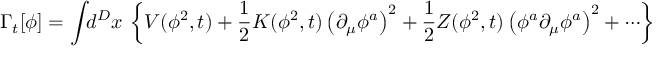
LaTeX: \Gamma _ { t } [ \phi ] = \int \! \! d ^ { D } x \, \left\{ V ( \phi ^ { 2 } , t ) + \frac { 1 } { 2 } K ( \phi ^ { 2 } , t ) \left( \partial _ { \mu } \phi ^ { a } \right) ^ { 2 } + \frac { 1 } { 2 } Z ( \phi ^ { 2 } , t ) \left( \phi ^ { a } \partial _ { \mu } \phi ^ { a } \right) ^ { 2 } + \cdots \right\}